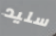
سليد